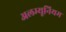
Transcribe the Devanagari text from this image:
अलम्यूनियम